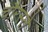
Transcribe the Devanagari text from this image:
चौरस्ते